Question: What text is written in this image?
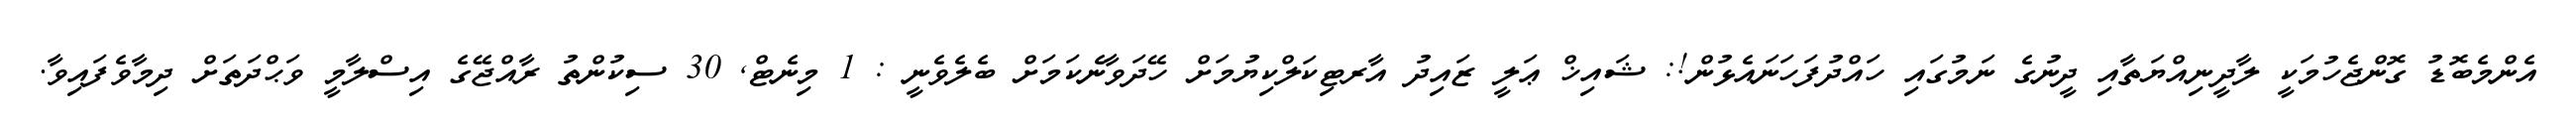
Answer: އެންމެބޮޑު ގޮންޖެހުމަކީ ލާދީނިއްޔަތާއި ދީނުގެ ނަމުގައި ހައްދުފަހަނައެޅުން!: ޝައިޚް ޢަލީ ޒައިދު އާރޓިކަލްކިޔުމަށް ހޭދަވާނެކަމަށް ބެލެވެނީ : 1 މިނެޓް, 30 ސިކުންތު ރާއްޖޭގެ އިސްލާމީ ވަޙްދަތަށް ދިމާވެފައިވާ.